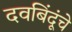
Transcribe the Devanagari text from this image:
दवबिंदूंचे